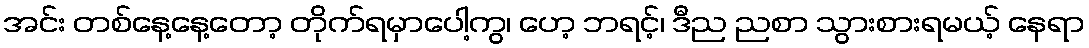
အင်း တစ်နေ့နေ့တော့ တိုက်ရမှာပေါ့ကွ၊ ဟေ့ ဘရင့်၊ ဒီည ညစာ သွားစားရမယ့် နေရာ